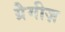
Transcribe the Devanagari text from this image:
ग्रैमीज़